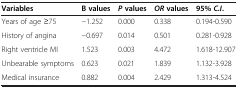
<table><thead><tr><td><b>Variables</b></td><td><b>Β values</b></td><td><b><i>P</i>values</b></td><td><b><i>OR</i>values</b></td><td><b>95% <i>C.I </i>.</b></td></tr></thead><tbody><tr><td>Years of age ≥75</td><td>−1.252</td><td>0.000</td><td>0.338</td><td>0.194-0.590</td></tr><tr><td>History of angina</td><td>−0.697</td><td>0.014</td><td>0.501</td><td>0.281-0.928</td></tr><tr><td>Right ventricle MI</td><td>1.523</td><td>0.003</td><td>4.472</td><td>1.618-12.907</td></tr><tr><td>Unbearable symptoms</td><td>0.623</td><td>0.021</td><td>1.839</td><td>1.132-3.928</td></tr><tr><td>Medical insurance</td><td>0.882</td><td>0.004</td><td>2.429</td><td>1.313-4.524</td></tr></tbody></table>